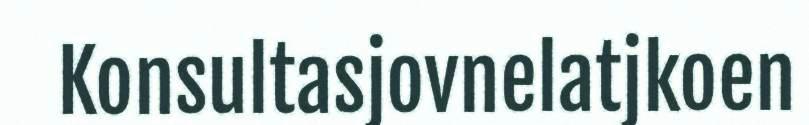
Konsultasjovnelatjkoen